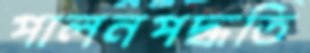
পালনপদ্ধতি